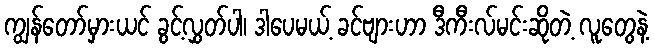
ကျွန်တော်မှားယင် ခွင့်လွှတ်ပါ၊ ဒါပေမယ့် ခင်ဗျားဟာ ဒီကီးလ်မင်းဆိုတဲ့ လူတွေနဲ့